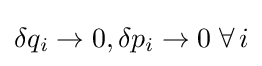
\delta q_{i}\rightarrow 0,\delta p_{i}\rightarrow 0\;\forall \,i